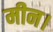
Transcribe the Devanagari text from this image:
मीन।